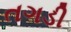
તગડી